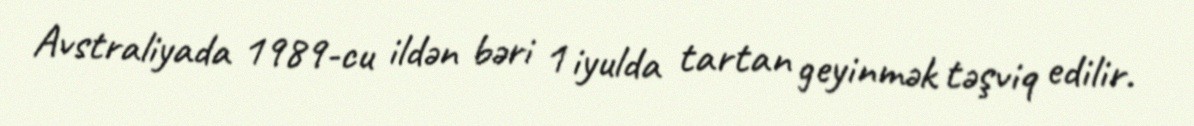
Avstraliyada 1989-cu ildən bəri 1 iyulda tartan geyinmək təşviq edilir.